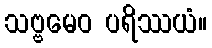
သဗ္ဗမေဝ ပရိဿယံ။